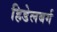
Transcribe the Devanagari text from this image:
हिडेलबर्ग